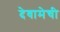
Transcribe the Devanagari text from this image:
देवामेची